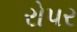
રોપર